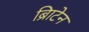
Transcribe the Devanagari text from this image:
ब्रिाटेन